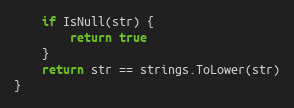
Language: Go
	if IsNull(str) {
		return true
	}
	return str == strings.ToLower(str)
}